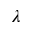
\lambda